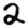
Digit: 2